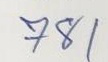
781